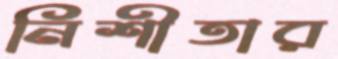
নিশীতার